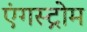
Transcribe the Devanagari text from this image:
एंगस्ट्रोम